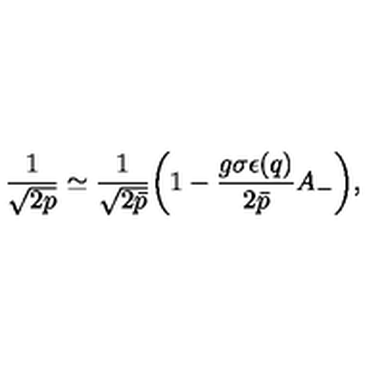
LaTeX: \frac { 1 } { \sqrt { 2 p } } \simeq \frac { 1 } { \sqrt { 2 \bar { p } } } \bigg ( 1 - \frac { g \sigma \epsilon ( q ) } { 2 \bar { p } } A _ { - } \bigg ) ,